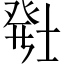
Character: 𬐂